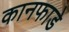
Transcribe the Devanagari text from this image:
कानफाडे